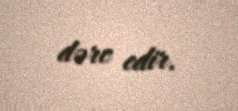
dərc edir.